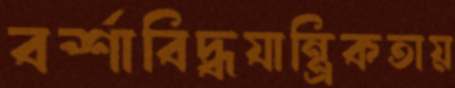
বর্শাবিদ্ধযান্ত্রিকতায়